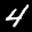
Label: 4